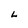
Character: L